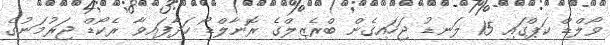
ވޯލްޑް ކަޕްގައި 15 ލަނޑު ޖަހައިގެން ބްރެޒިލްގެ ރޮނާލްޑޯ ހަދާފައިވާ ރެކޯޑް ޖަރުމަނުގެ